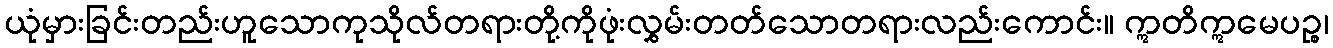
ယုံမှားခြင်းတည်းဟူသောကုသိုလ်တရားတို့ကိုဖုံးလွှမ်းတတ်သောတရားလည်းကောင်း။ ဣတိဣမေပဉ္စ၊